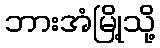
ဘားအံမြို့သို့